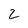
Character: 2